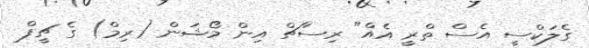
ގެލަކްސީ އެސް ތްރީ އެއް" ރިސާޗް އިން މޯޝަން (ރިމް) ގެ ޗީފް